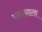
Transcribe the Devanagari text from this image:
स्नानाला